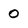
Character: 0